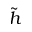
\tilde { h }